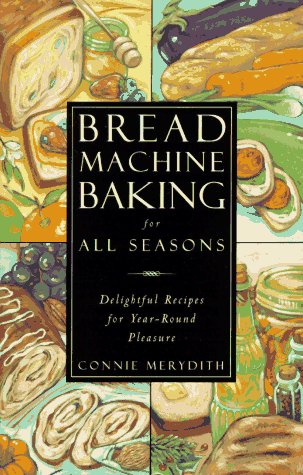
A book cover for Bread Machine Baking for All Seasons: Delightful Recipes for Year-Round Pleasure; Connie Merydith; Cookbooks, Food & Wine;